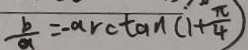
\frac { b } { a } = - \arctan ( 1 + \frac { \pi } { 4 } )